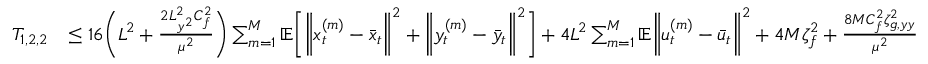
\begin{array} { r l } { T _ { 1 , 2 , 2 } } & { \leq 1 6 \bigg ( L ^ { 2 } + \frac { 2 L _ { y ^ { 2 } } ^ { 2 } C _ { f } ^ { 2 } } { \mu ^ { 2 } } \bigg ) \sum _ { m = 1 } ^ { M } \mathbb { E } \bigg [ \bigg \| x _ { t } ^ { ( m ) } - \bar { x } _ { t } \bigg \| ^ { 2 } + \bigg \| y _ { t } ^ { ( m ) } - \bar { y } _ { t } \bigg \| ^ { 2 } \bigg ] + 4 L ^ { 2 } \sum _ { m = 1 } ^ { M } \mathbb { E } \bigg \| u _ { t } ^ { ( m ) } - \bar { u } _ { t } \bigg \| ^ { 2 } + 4 M \zeta _ { f } ^ { 2 } + \frac { 8 M C _ { f } ^ { 2 } \zeta _ { g , y y } ^ { 2 } } { \mu ^ { 2 } } } \end{array}